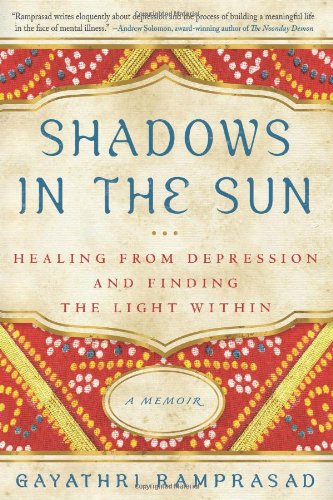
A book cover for Shadows in the Sun: Healing from Depression and Finding the Light Within; Gayathri Ramprasad; Health, Fitness & Dieting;